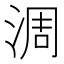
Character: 淍